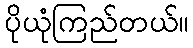
ပိုယုံကြည်တယ်။